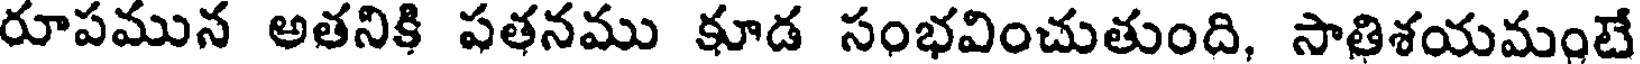
రూపమున అతనికి పతనము కూడ సంభవించుతుంది, సాతిశయమంటే